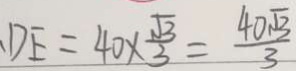
D E = 4 0 \times \frac { \sqrt { 3 } } { 3 } = \frac { 4 0 \sqrt { 3 } } { 3 }